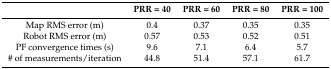
<table><thead><tr><td></td><td><b>PRR = 40</b></td><td><b>PRR = 60</b></td><td><b>PRR = 80</b></td><td><b>PRR = 100</b></td></tr></thead><tbody><tr><td>Map RMS error (m)</td><td>0.4</td><td>0.37</td><td>0.35</td><td>0.35</td></tr><tr><td>Robot RMS error (m)</td><td>0.57</td><td>0.53</td><td>0.52</td><td>0.51</td></tr><tr><td>PF convergence times (s)</td><td>9.6</td><td>7.1</td><td>6.4</td><td>5.7</td></tr><tr><td># of measurements/iteration</td><td>44.8</td><td>51.4</td><td>57.1</td><td>61.7</td></tr></tbody></table>